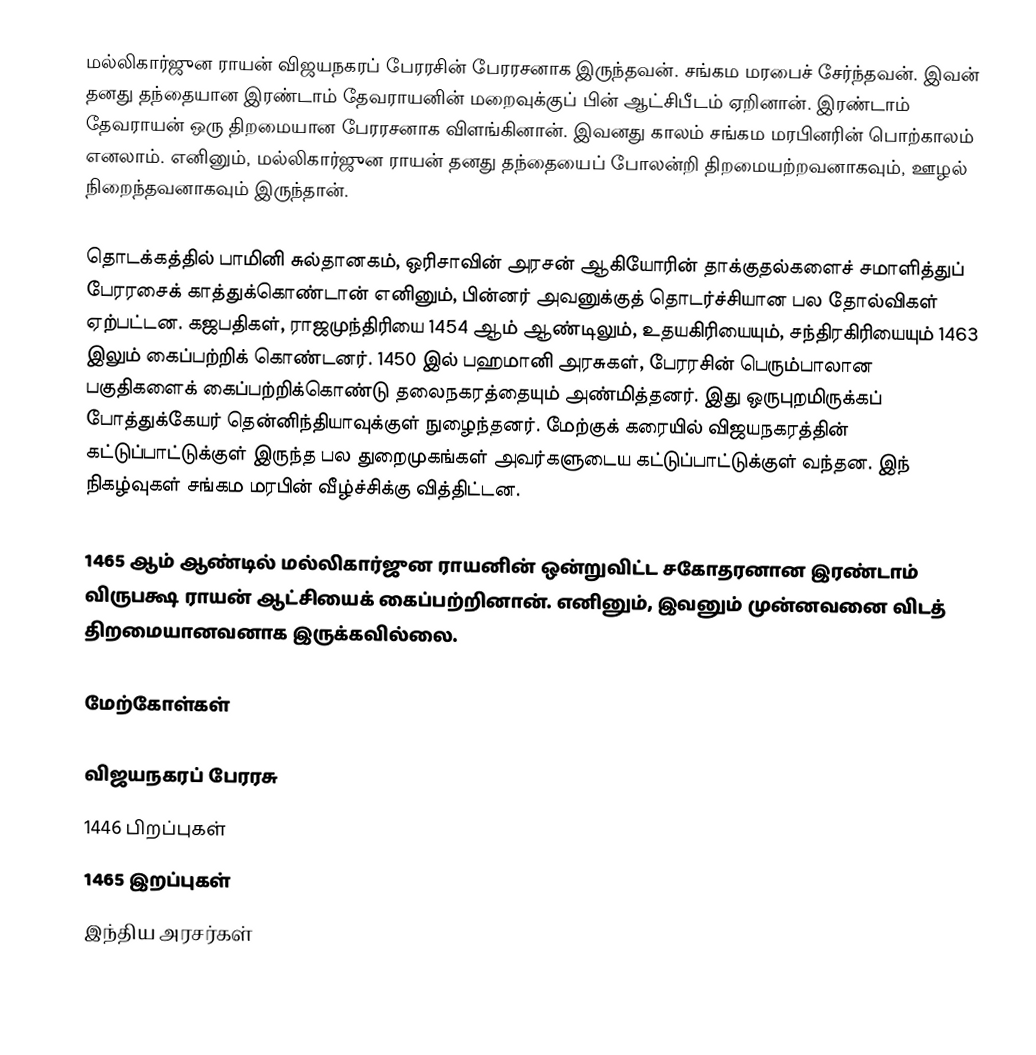
மல்லிகார்ஜுன ராயன் விஜயநகரப் பேரரசின் பேரரசனாக இருந்தவன். சங்கம மரபைச் சேர்ந்தவன். இவன் தனது தந்தையான இரண்டாம் தேவராயனின் மறைவுக்குப் பின் ஆட்சிபீடம் ஏறினான். இரண்டாம் தேவராயன் ஒரு திறமையான பேரரசனாக விளங்கினான். இவனது காலம் சங்கம மரபினரின் பொற்காலம் எனலாம். எனினும், மல்லிகார்ஜுன ராயன் தனது தந்தையைப் போலன்றி திறமையற்றவனாகவும், ஊழல் நிறைந்தவனாகவும் இருந்தான்.

தொடக்கத்தில் பாமினி சுல்தானகம், ஒரிசாவின் அரசன் ஆகியோரின் தாக்குதல்களைச் சமாளித்துப் பேரரசைக் காத்துக்கொண்டான் எனினும், பின்னர் அவனுக்குத் தொடர்ச்சியான பல தோல்விகள் ஏற்பட்டன. கஜபதிகள், ராஜமுந்திரியை 1454 ஆம் ஆண்டிலும், உதயகிரியையும், சந்திரகிரியையும் 1463 இலும் கைப்பற்றிக் கொண்டனர். 1450 இல் பஹமானி அரசுகள், பேரரசின் பெரும்பாலான பகுதிகளைக் கைப்பற்றிக்கொண்டு தலைநகரத்தையும் அண்மித்தனர். இது ஒருபுறமிருக்கப் போத்துக்கேயர் தென்னிந்தியாவுக்குள் நுழைந்தனர். மேற்குக் கரையில் விஜயநகரத்தின் கட்டுப்பாட்டுக்குள் இருந்த பல துறைமுகங்கள் அவர்களுடைய கட்டுப்பாட்டுக்குள் வந்தன. இந் நிகழ்வுகள் சங்கம மரபின் வீழ்ச்சிக்கு வித்திட்டன.

1465 ஆம் ஆண்டில் மல்லிகார்ஜுன ராயனின் ஒன்றுவிட்ட சகோதரனான இரண்டாம் விருபக்ஷ ராயன் ஆட்சியைக் கைப்பற்றினான். எனினும், இவனும் முன்னவனை விடத் திறமையானவனாக இருக்கவில்லை.

மேற்கோள்கள்

விஜயநகரப் பேரரசு
1446 பிறப்புகள்
1465 இறப்புகள்
 இந்திய அரசர்கள்